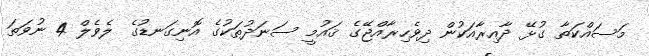
މަސައްކަތާ ގުޅޭ ދާއިރާއަކުން ދިވެހިރާއްޖޭގެ ޤައުމީ ސަނަދުތަކުގެ އޮނިގަނޑުގެ ލެވެލް 4 ނުވަތަ